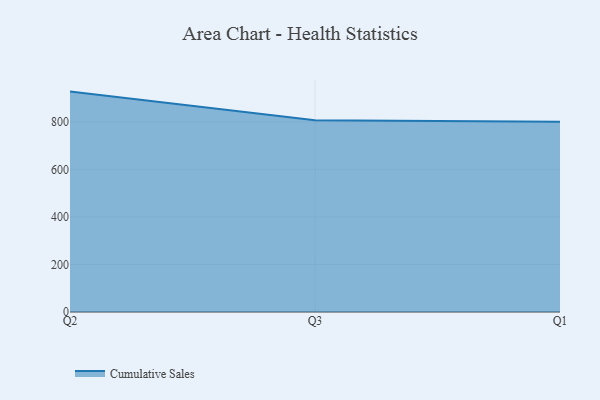
{"axis": {"x": "Quarter", "y": "Demand Index"}, "legend": ["Cumulative Sales"], "data": [{"x": "Q2", "y": 926.8, "type": "Cumulative Sales"}, {"x": "Q3", "y": 805.9, "type": "Cumulative Sales"}, {"x": "Q1", "y": 800, "type": "Cumulative Sales"}]}